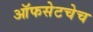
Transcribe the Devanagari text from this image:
ऑफसेटचेच